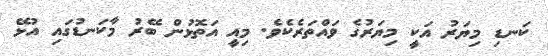
ކަނޑި މިޔަރު އަކީ މިޔަރުގެ ވައްތަރެކެވެ. މިއީ އަތޮޅުން ބޭރު މާކަނޑުގައި އުޅޭ